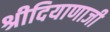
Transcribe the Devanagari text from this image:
श्रीदियाणाजी